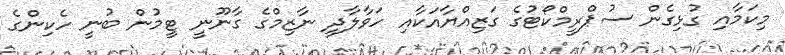
މިކަމާއި ގުޅިގެން ސުޕްރީމްކޯޓުގެ ގަޒިއްޔާއަކާއި ހަވާލާދީ ނާޒިމްގެ ގާނޫނީ ޓީމުން ބުނީ ހެކިންގެ